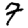
Digit: 7